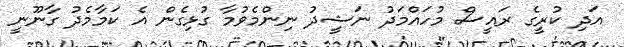
އަދި ކުރީގެ ރައީސް މުހައްމަދު ނަޝީދު ނިންމެވުމާ ގުޅިގެން އެ ކަމާމެދު ގާނޫނީ